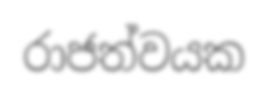
රාජත්වයක